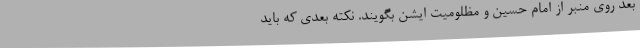
بعد روی منبر از امام حسین و مظلومیت ایشن بگویند. نکته بعدی که باید